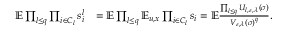
\begin{array} { r l } { \mathbb E \prod _ { l \leq q } \prod _ { i \in C _ { l } } s _ { i } ^ { l } } & { = \mathbb E \prod _ { l \leq q } \mathbb E _ { u , x } \prod _ { i \in C _ { l } } s _ { i } = \mathbb E \frac { \prod _ { l \leq q } U _ { l , \varepsilon , \lambda } ( \sigma ) } { V _ { \varepsilon , \lambda } ( \sigma ) ^ { q } } . } \end{array}